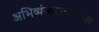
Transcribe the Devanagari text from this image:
अभिव्यंजनाकौशल